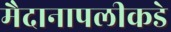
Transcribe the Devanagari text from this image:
मैदानापलीकडे